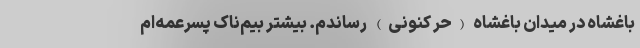
باغشاه در میدان باغشاه (حُرّ کنونی) رساندم. بیشتر بیم‌ناک پسرعمه‌ام